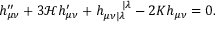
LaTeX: h _ { \mu \nu } ^ { \prime \prime } + 3 \mathcal { H } h _ { \mu \nu } ^ { \prime } + h _ { \mu \nu | \lambda } ^ { \mathrm { ~ } \mathrm { ~ } \mathrm { ~ } \mathrm { ~ } | \lambda } - 2 K h _ { \mu \nu } = 0 .